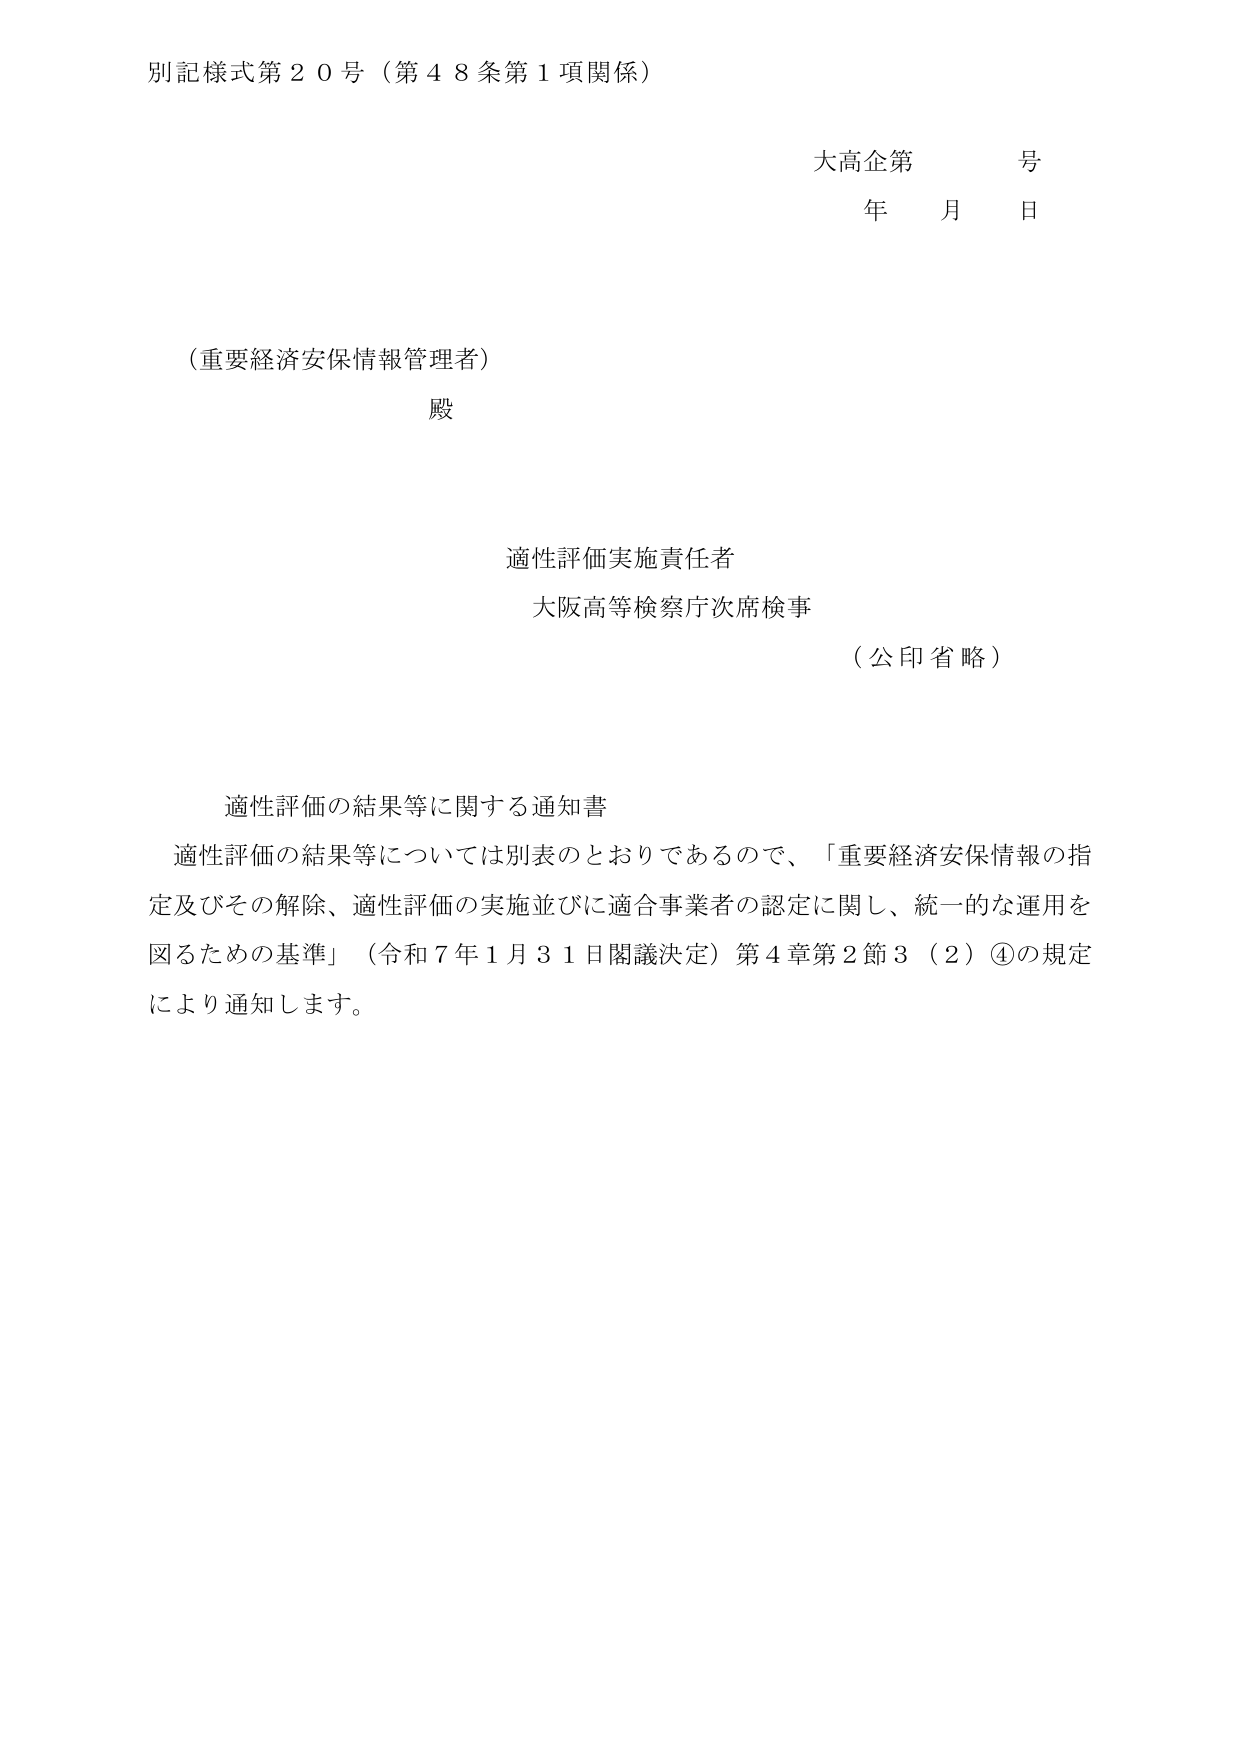
別記様式第２０号（第４８条第１項関係）

大高企第　　号
年　　月　　日

（重要経済安保情報管理者）
殿

適性評価実施責任者
大阪高等検察庁次席検事
（公印省略）

適性評価の結果等に関する通知書
適性評価の結果等については別表のとおりであるので、「重要経済安保情報の指定及びその解除、適性評価の実施並びに適合事業者の認定に関し、統一的な運用を図るための基準」（令和７年１月３１日閣議決定）第４章第２節３（２）④の規定により通知します。